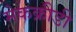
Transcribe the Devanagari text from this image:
मेकक्रीडी